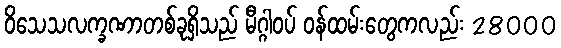
ဝိသေသလက္ခဏာတစ်ခုရှိသည် မီဂ္ဂါဝပ် ဝန်ထမ်းတွေကလည်း 28000